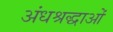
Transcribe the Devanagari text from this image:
अंधश्रद्धाओं